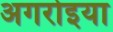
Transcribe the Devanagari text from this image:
अगरोइया